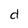
Character: d